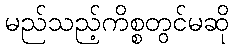
မည်သည့်ကိစ္စတွင်မဆို